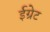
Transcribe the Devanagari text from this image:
ईग्रेट